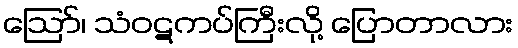
ဪ၊ သံဝဋကပ်ကြီးလို့ ပြောတာလား